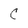
Character: C